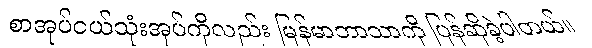
စာအုပ်ငယ်သုံးအုပ်ကိုလည်း မြန်မာဘာသာကို ပြန်ဆိုခဲ့ပါတယ်။